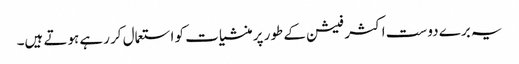
یہ برے دوست اکثر فیشن کے طور پر منشیات کو استعمال کر رہے ہوتے ہیں۔